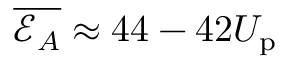
\overline { { \mathcal { E } _ { A } } } \approx 4 4 - 4 2 U _ { \mathrm { p } }